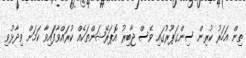
ތިން އަހަރު ކުރިން ސިންގަޕޫރުގައި ވެސް ޖާބިރު އޮޕަރޭޝަންތަކެއް ކުރައްވާފަައިވާ ކަމަށް ވިދާޅުވި